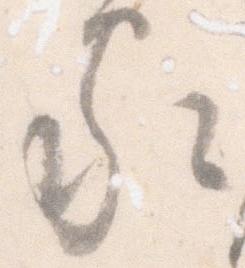
家